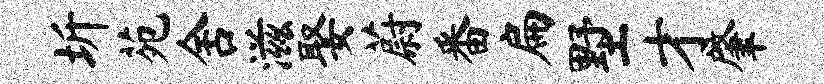
圻苑舍滋娶蔚番扁墅才肇